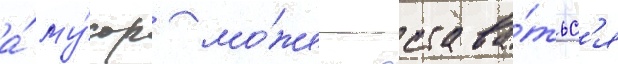
а́ му́сор мо́жет остава́тьс'я